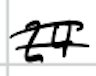
Text: 24
Cross-out: double-line
Writing tool: digital_black